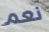
نعم